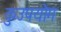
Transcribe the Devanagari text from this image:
कुउपयोग